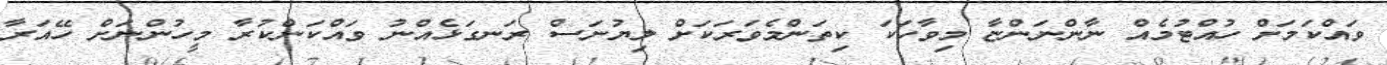
ވައްކަމަށް ހުއްޓުމެއް ނާންނަންޏާ މިވާހަކަ ކިތަންމެވަރަކަށް ލިޔުނަސް ރަނގަޅެއްނު ވައްކަންކުރާ މީހުންނަށް ހޭއަރާ